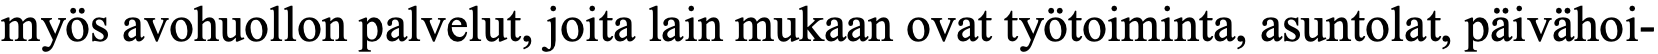
myös avohuollon palvelut, joita lain mukaan ovat työtoiminta, asuntolat, päivähoi-